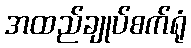
အထည်ချုပ်စက်ရုံ